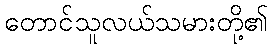
တောင်သူလယ်သမားတို့၏